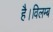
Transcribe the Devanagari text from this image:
है।विलम्ब